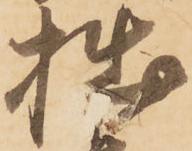
拙